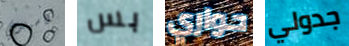
كاسيدي بس حواري جدولي